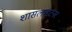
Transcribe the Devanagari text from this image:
शासलाइटनर